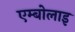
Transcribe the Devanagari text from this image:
एम्बोलाइ